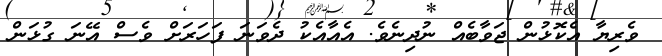
ވެރިޔާ އެކޮޅުން ޖަވާބެއް ނުދިނެވެ. އެއާއެކު ދެވަނަ ފަހަރަށް ވެސް އޭނަ ގުޅަން